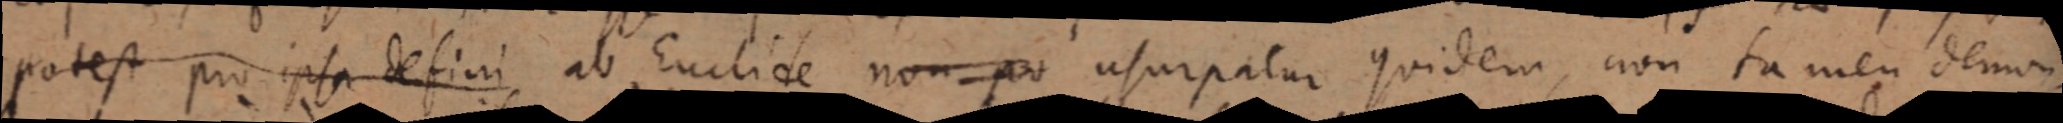
potest pro ipsa defini, ab Euclide non pro usurpatur quidem, non tamen demon